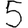
Digit: 5